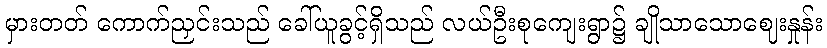
မှားတတ် ကောက်ညှင်းသည် ခေါ်ယူခွင့်ရှိသည် လယ်ဦးစုကျေးရွာ၌ ချိုသာသောဈေးနှုန်း